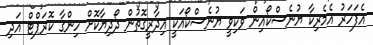
އެފަހަރު އެމެރިކާ ޔުނެސްކޯއިން ވަކިވީ ޔުނެސްކޯއަކީ އިދާރީގޮތުން ދޯދިޔާކޮށް ހިންގާ ކޮރަޕްޓް އަދި